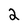
Character: 2